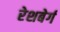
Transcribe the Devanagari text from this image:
रेशबेर्ग